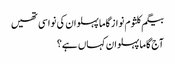
بیگم کلثوم نواز گاما پہلوان کی نواسی تھیں
آج گاما پہلوان کہاں ہے؟